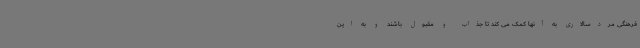
فرهنگی مردسالاری به آنها کمک می کند تا جذاب و مقبول باشند و به این